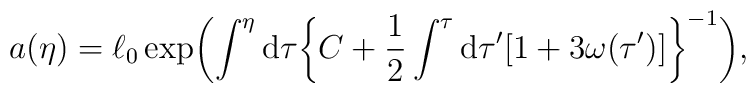
a(\eta )=\ell _0\exp\biggl(\int ^{\eta }{\rm d}\tau \biggl\{C+\frac{1}{2}\int ^{\tau }{\rm d}\tau '[1+3\omega (\tau ')]\biggr\}^{-1}\biggr),